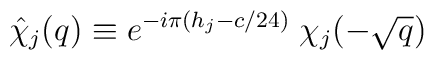
\hat{\chi}_j(q) \equiv e^{-i\pi(h_j-c/24)}\;\chi_j(-\sqrt{q})